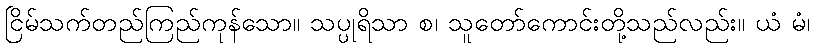
ငြိမ်သက်တည်ကြည်ကုန်သော။ သပ္ပုရိသာ စ၊ သူတော်ကောင်းတို့သည်လည်း။ ယံ မံ၊